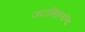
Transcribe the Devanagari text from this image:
जटासिंहनन्दि